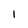
Character: 1